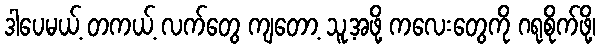
ဒါပေမယ့် တကယ့် လက်တွေ ကျတော့ သူ့အဖို့ ကလေးတွေကို ဂရုစိုက်ဖို့၊